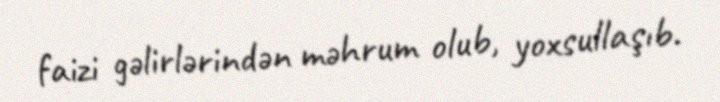
faizi gəlirlərindən məhrum olub, yoxsullaşıb.